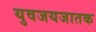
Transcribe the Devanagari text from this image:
युवजयजातक